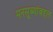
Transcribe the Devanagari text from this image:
मनसूब्यांबद्दल